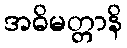
အဓိမတ္တာနိ